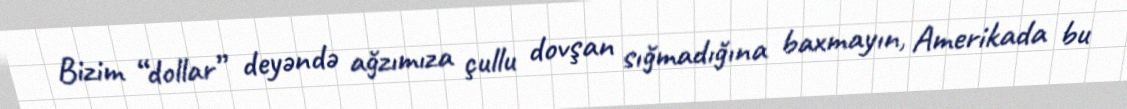
Bizim “dollar” deyəndə ağzımıza çullu dovşan sığmadığına baxmayın, Amerikada bu